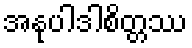
အနုပါဒါစိတ္တဿ